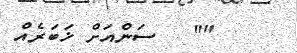
""   ސަންއަށް ޚަބަރެއް